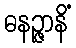
ဓနဉ္ဇာနိံ